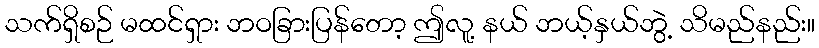
သက်ရှိစဉ် မထင်ရှား ဘဝခြားပြန်တော့ ဤလူ့ နယ် ဘယ့်နှယ်ဘွဲ့ သိမည်နည်း။